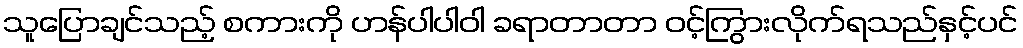
သူပြောချင်သည့် စကားကို ဟန်ပါပါဝါ ခရာတာတာ ဝင့်ကြွားလိုက်ရသည်နှင့်ပင်